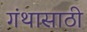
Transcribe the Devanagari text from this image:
गंथासाठी